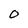
Character: O